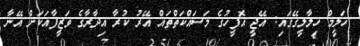
ހަލީމް ހިލާލީގޭގައި: އޭޖީ އޮފީހުގެ މަސައްކަތްތައް އޭރު ކުރާ އިދާރާގެ ވަޒީފާއަކަށް އޭނާ